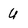
Character: U